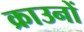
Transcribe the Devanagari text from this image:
क्राउनों